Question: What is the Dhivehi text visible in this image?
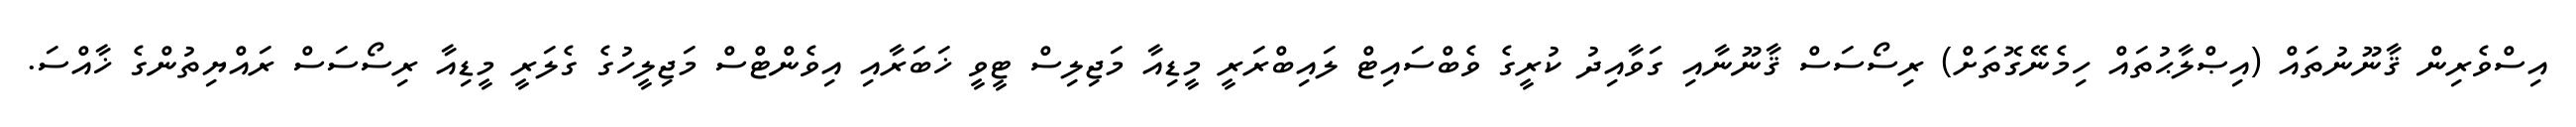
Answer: އިސްވެރިން ޤާނޫނުތައް (އިޞްލާޙުތައް ހިމެނޭގޮތަށް) ރިސޯސަސް ޤާނޫނާއި ގަވާއިދު ކުރީގެ ވެބްސައިޓް ލައިބްރަރީ މީޑިއާ މަޖިލިސް ޓީވީ ޚަބަރާއި އިވެންޓްސް މަޖިލީހުގެ ގެލަރީ މީޑިއާ ރިސޯސަސް ރައްޔިތުންގެ ޚާއްސަ.